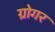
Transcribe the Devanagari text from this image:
ग्रोगर